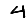
Digit: 4